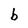
Character: b